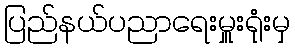
ပြည်နယ်ပညာရေးမှူးရုံးမှ